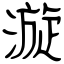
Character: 漩